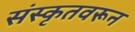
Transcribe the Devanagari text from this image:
संस्कृतवरून